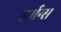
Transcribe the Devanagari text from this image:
हर्मन्स